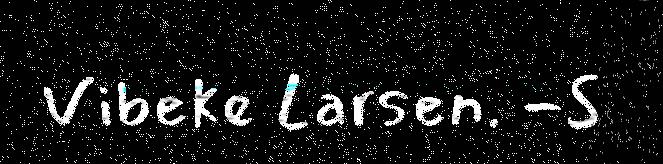
Vibeke Larsen. -S